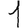
Digit: 1